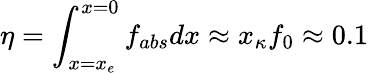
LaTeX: \eta=\int_{x=x_{e}}^{x=0}f_{abs}dx\approx x_{\kappa}f_{0}\approx 0.1